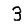
Digit: 3